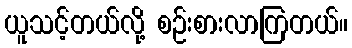
ယူသင့်တယ်လို့ စဉ်းစားလာကြတယ်။